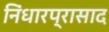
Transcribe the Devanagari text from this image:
निंधारप्रासाद